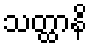
သတ္ထာနိ